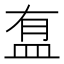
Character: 䀁